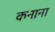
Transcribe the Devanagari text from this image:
कनाना